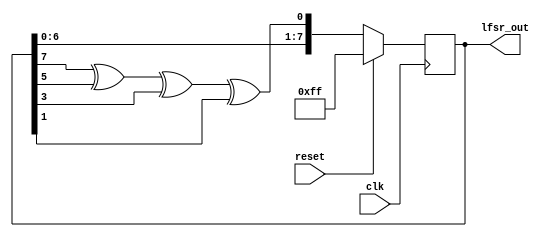
// This program was cloned from: https://github.com/Suni123456789/100DaysRTL
// License: Apache License 2.0

`timescale 1ns / 1ps

module lfsr (
    input clk, reset,
    output [7:0] lfsr_out
    );

    reg [7:0] data;

    always @(posedge clk) begin
        if (reset)
            data <= 8'hff; 
        else
            data <= {data[6:0], data[7] ^ data[5] ^ data[3] ^ data[1]};
        end

        assign lfsr_out = data;

endmodule